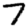
Digit: 7